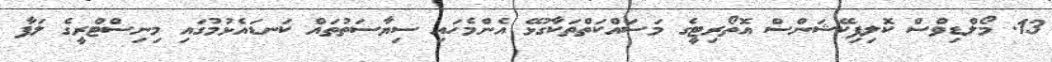
13. މޯލްޑިވްސް ކޮލިފިކޭޝަންސް އޮތޯރިޓީގެ މަސައްކަތްތަކާގުޅޭ އެންމެހައި ސިޔާސަތުތައް ކަނޑައެޅުމުގައި މިނިސްޓްރީގެ ލަފާ